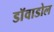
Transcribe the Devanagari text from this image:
डाॅवाडोल